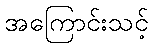
အကြောင်းသင့်